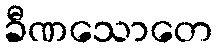
ခီဏသောတေ